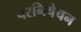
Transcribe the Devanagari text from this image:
परनिषेचन